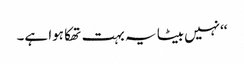
‘‘نہیں بیٹا یہ بہت تھکا ہوا ہے۔